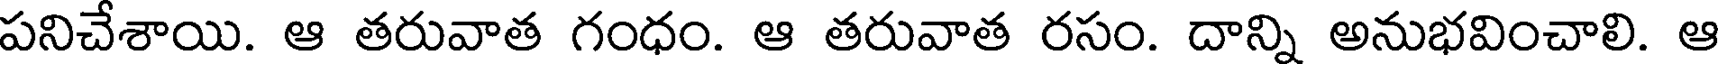
పనిచేశాయి. ఆ తరువాత గంధం. ఆ తరువాత రసం. దాన్ని అనుభవించాలి. ఆ